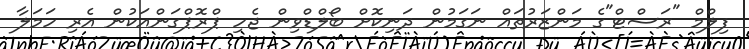
ފިލްމް "ރަސްޓް"ގެ މަންޒަރުތައް ނަގަމުން ދަނިކޮށް ބޯލްޑްވިން ޖެހި ޕްރޮޕްގަންއަކުން އެރި ހަމަލާ